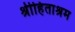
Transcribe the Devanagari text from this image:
श्रीहिताश्रम